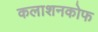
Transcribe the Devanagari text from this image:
कलाशनकोफ